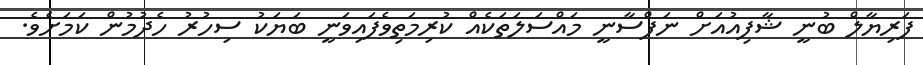
ފަރިޔާލް ބުނީ ޝާފިއުއަށް ނަފްސާނީ މައްސަލަތަކެއް ކުރިމަތިވެފައިވަނީ ބަޔަކު ސިހުރު ހެދުމުން ކަމަށެެވެ.